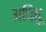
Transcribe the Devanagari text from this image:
अपितू